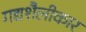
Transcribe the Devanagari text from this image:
गद्यशैलीकार